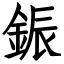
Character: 鋠